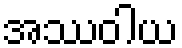
အဿဝါယ